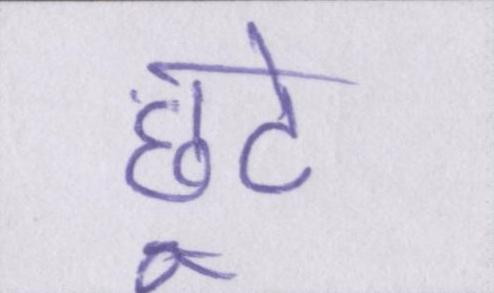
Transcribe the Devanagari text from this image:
छूटे